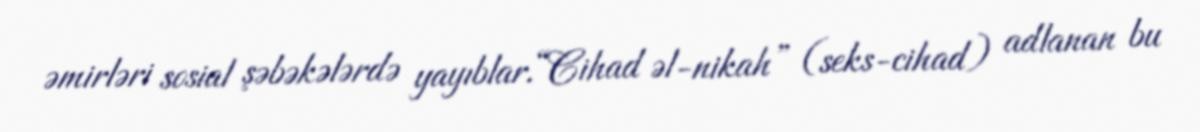
əmirləri sosial şəbəkələrdə yayıblar.“Cihad əl-nikah” (seks-cihad) adlanan bu